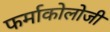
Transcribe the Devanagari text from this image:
फर्माकोलोजी